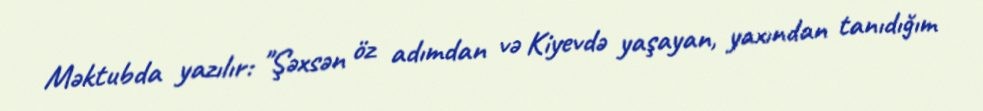
Məktubda yazılır: "Şəxsən öz adımdan və Kiyevdə yaşayan, yaxından tanıdığım